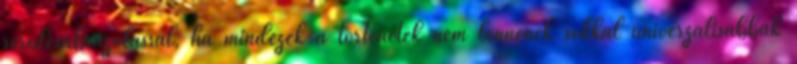
sérülésábrázolással, ha mindezek a történetek nem lennének sokkal univerzálisabbak